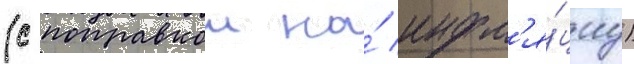
(с поправкои на́ инфл'я́циу)